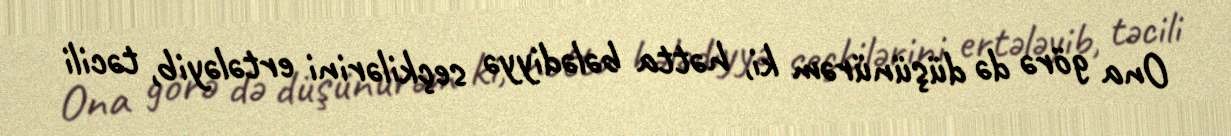
Ona görə də düşünürəm ki, hətta bələdiyyə seçkilərini ertələyib, təcili